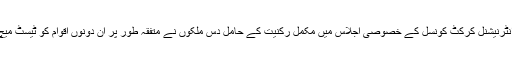
آج جمعرات بائیس جون کو لندن میں ہونے والے انٹرنیشنل کرکٹ کونسل کے خصوصی اجلاس میں مکمل رکنیت کے حامل دس ملکوں نے متفقہ طور پر ان دونوں اقوام کو ٹیسٹ میچ کھیلنے کا درجہ دینے کی تجویز منظور کر لی۔